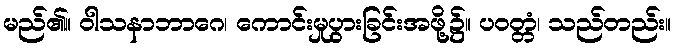
မည်၏။ ဝါသနာဘာဂေ၊ ကောင်းမှုပွားခြင်းအဖို့၌။ ပဝတ္တံ၊ သည်တည်း။